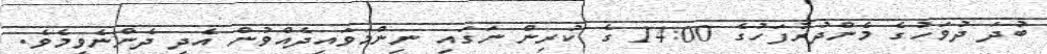
ބުދަ ދުވަހުގެ މެންދުރުފަހުގެ 14:00 ގެ ކުރިން ނަގައި ނިންމަވައިދެއްވުން އެދި ދެންނެވީމެވެ.